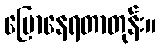
ပြောနေရတာတုန်း။